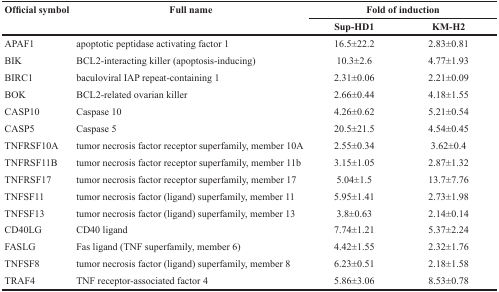
<table><thead><tr><td rowspan="2"><b>Official symbol</b></td><td rowspan="2"><b>Full name</b></td><td colspan="2"><b>Fold of induction</b></td></tr><tr><td><b>Sup-HD1</b></td><td><b>KM-H2</b></td></tr></thead><tbody><tr><td>APAF1</td><td>apoptotic peptidase activating factor 1</td><td>16.5±22.2</td><td>2.83±0.81</td></tr><tr><td>BIK</td><td>BCL2-interacting killer (apoptosis-inducing)</td><td>10.3±2.6</td><td>4.77±1.93</td></tr><tr><td>BIRC1</td><td>baculoviral IAP repeat-containing 1</td><td>2.31±0.06</td><td>2.21±0.09</td></tr><tr><td>BOK</td><td>BCL2-related ovarian killer</td><td>2.66±0.44</td><td>4.18±1.55</td></tr><tr><td>CASP10</td><td>Caspase 10</td><td>4.26±0.62</td><td>5.21±0.54</td></tr><tr><td>CASP5</td><td>Caspase 5</td><td>20.5±21.5</td><td>4.54±0.45</td></tr><tr><td>TNFRSF10A</td><td>tumor necrosis factor receptor superfamily, member 10A</td><td>2.55±0.34</td><td>3.62±0.4</td></tr><tr><td>TNFRSF11B</td><td>tumor necrosis factor receptor superfamily, member 11b</td><td>3.15±1.05</td><td>2.87±1.32</td></tr><tr><td>TNFRSF17</td><td>tumor necrosis factor receptor superfamily, member 17</td><td>5.04±1.5</td><td>13.7±7.76</td></tr><tr><td>TNFSF11</td><td>tumor necrosis factor (ligand) superfamily, member 11</td><td>5.95±1.41</td><td>2.73±1.98</td></tr><tr><td>TNFSF13</td><td>tumor necrosis factor (ligand) superfamily, member 13</td><td>3.8±0.63</td><td>2.14±0.14</td></tr><tr><td>CD40LG</td><td>CD40 ligand</td><td>7.74±1.21</td><td>5.37±2.24</td></tr><tr><td>FASLG</td><td>Fas ligand (TNF superfamily, member 6)</td><td>4.42±1.55</td><td>2.32±1.76</td></tr><tr><td>TNFSF8</td><td>tumor necrosis factor (ligand) superfamily, member 8</td><td>6.23±0.51</td><td>2.18±1.58</td></tr><tr><td>TRAF4</td><td>TNF receptor-associated factor 4</td><td>5.86±3.06</td><td>8.53±0.78</td></tr></tbody></table>